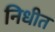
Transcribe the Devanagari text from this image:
निधीत